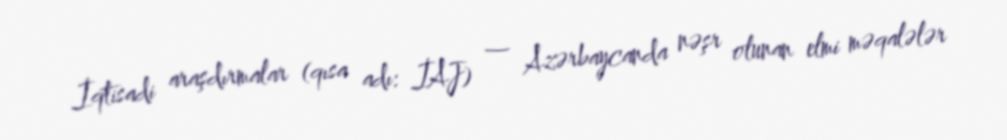
İqtisadi araşdırmalar (qısa adı: İAJ) — Azərbaycanda nəşr olunan elmi məqalələr